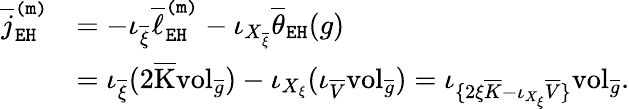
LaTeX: \begin{array}{rl}{\overline{{j}}_{\mathtt{EH}}^{\mathtt{(m)}}}&{=-\iota_{\overline{{\xi}}}\overline{{\ell}}_{\mathtt{EH}}^{\mathtt{(m)}}-\iota_{X_{\overline{{\xi}}}}\overline{{\theta}}_{\mathtt{EH}}(g)}\\ &{=\iota_{\overline{{\xi}}}(2\overline{{\mathrm{K}}}\mathrm{vol}_{\overline{{g}}})-\iota_{X_{\xi}}(\iota_{\overline{{V}}}\mathrm{vol}_{\overline{{g}}})=\iota_{\{ 2\xi\overline{{K}}-\iota_{X_{\xi}}\overline{{V}}\} }\mathrm{vol}_{\overline{{g}}}.}\end{array}